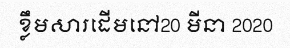
ខ្លឹមសារដើមនៅ20 មីនា 2020